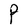
Character: P